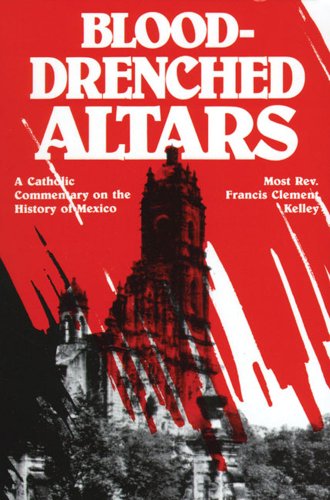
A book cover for Blood-Drenched Altars: A Catholic Commentary on the History of Mexico; Most Rev. Francis Kelly; Christian Books & Bibles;